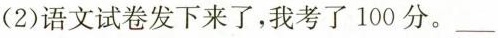
(2)语文试卷发下来了，我考了100分。___